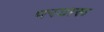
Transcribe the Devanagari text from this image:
परयारू